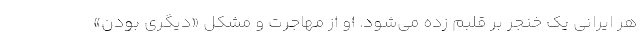
هر ایرانی یک خنجر بر قلبم زده می‌شود. او از مهاجرت و مشکل «دیگری بودن»